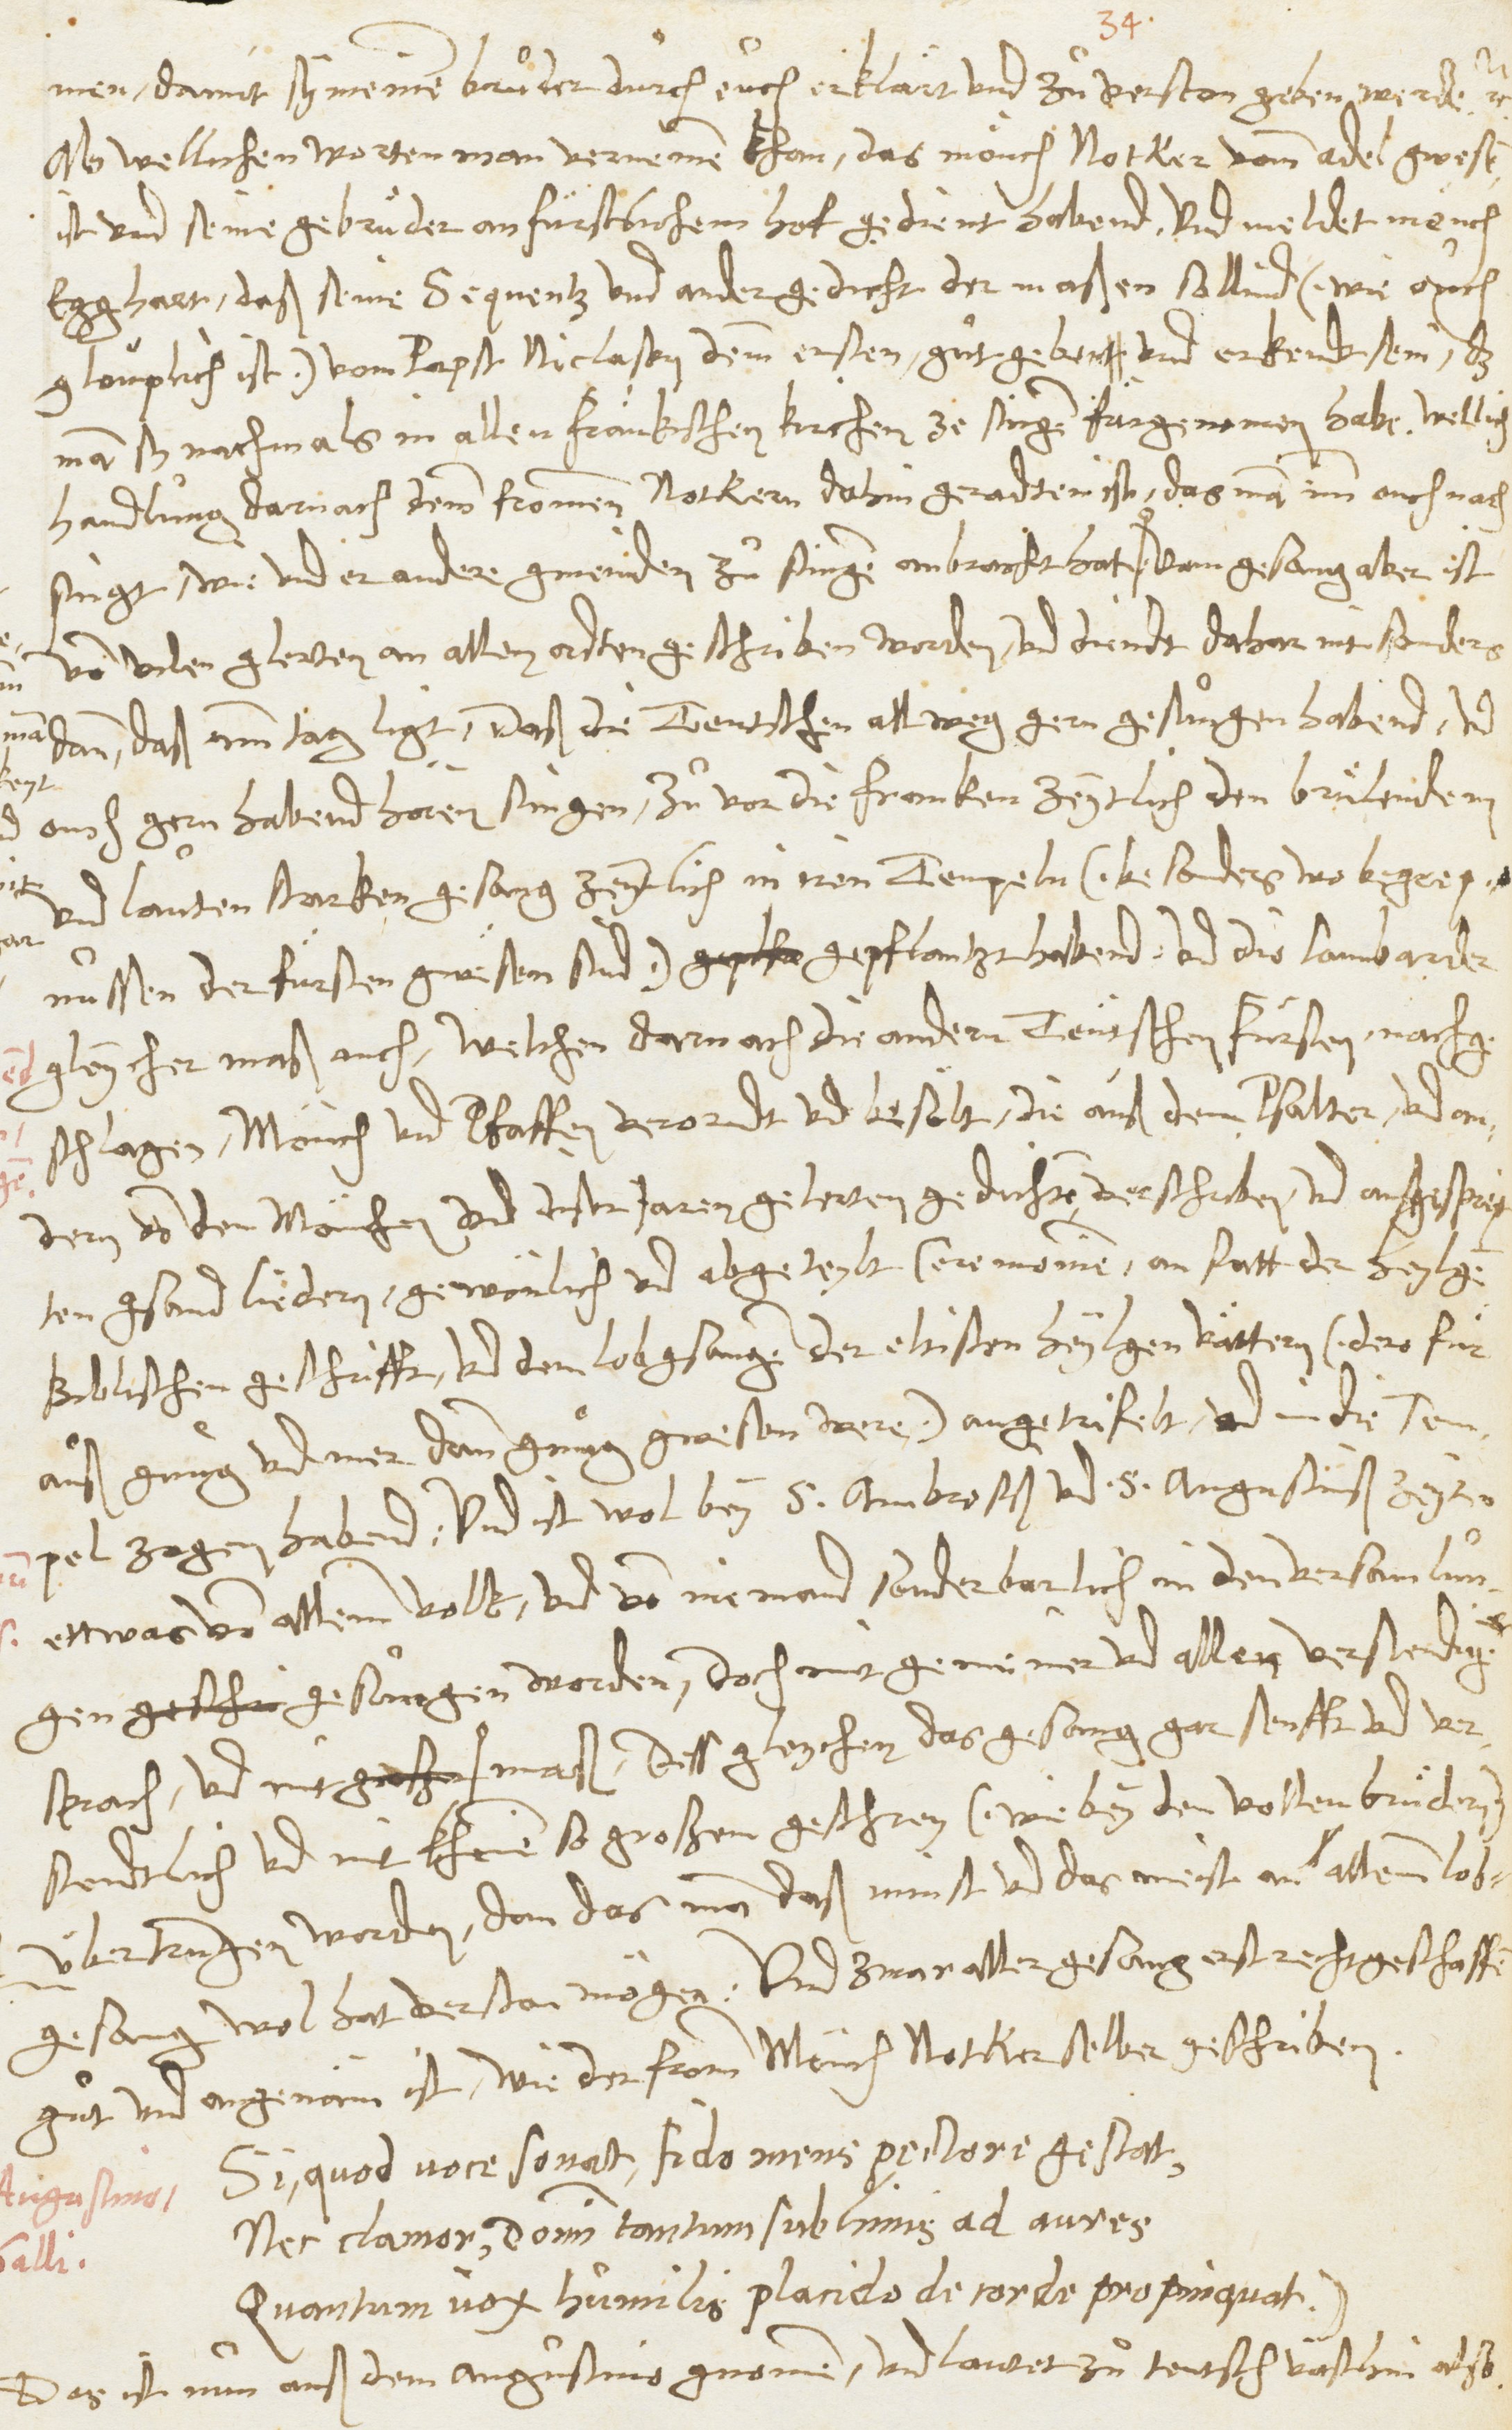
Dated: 1545–1546